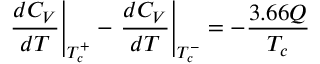
\left. \frac { d C _ { V } } { d T } \right| _ { T _ { c } ^ { + } } - \left. \frac { d C _ { V } } { d T } \right| _ { T _ { c } ^ { - } } = - \frac { 3 . 6 6 Q } { T _ { c } }